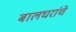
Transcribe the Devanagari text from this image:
बालघरांचे